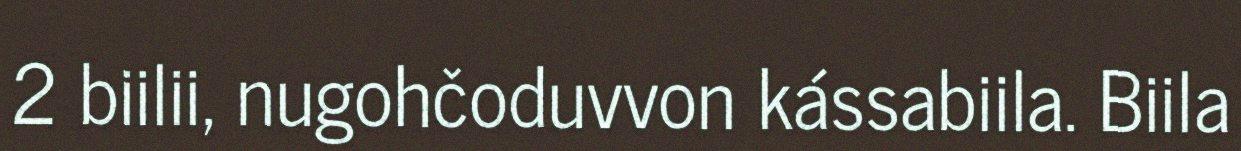
2 biilii, nugohčoduvvon kássabiila. Biila